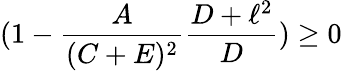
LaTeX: (1-\frac{A}{(C+E)^{2}}\frac{D+\ell^{2}}{D})\geq 0